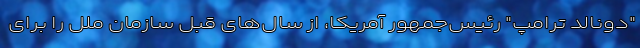
"دونالد ترامپ" رئیس‌جمهور آمریکا، از سال‌های قبل سازمان ملل را برای